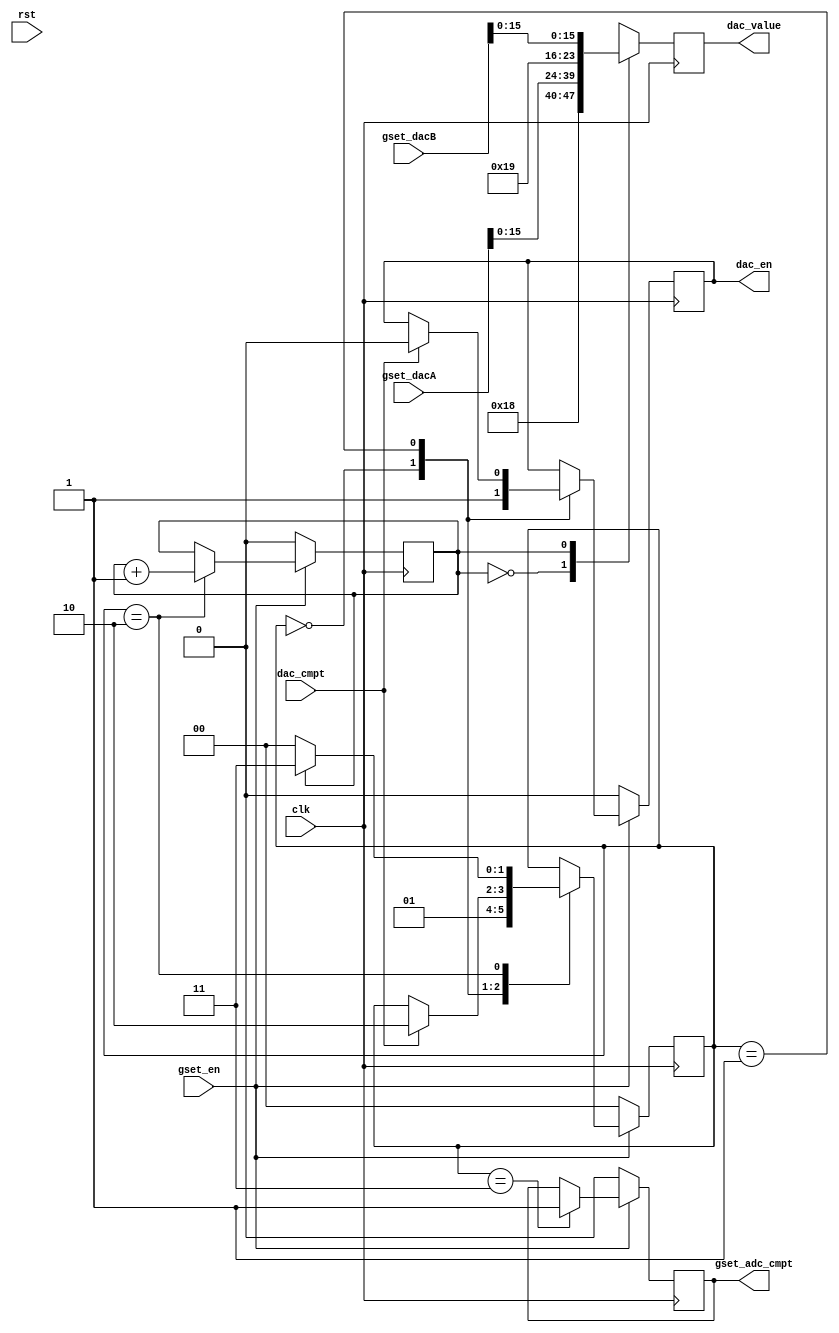
`timescale 1ns / 1ps
//////////////////////////////////////////////////////////////////////////////////
// Company:
// Engineer:
//
// Design Name:
// Module Name: Tc_PL_cap_gain_adc_ctl_chn
// Project Name:
// Target Devices:
// Tool Versions:
// Description:
//
// Dependencies:
//
// Revision:
// Revision 0.01 - File Created
// Additional Comments:
//
//////////////////////////////////////////////////////////////////////////////////


module Tc_PL_cap_gain_adc_ctl_chn
#(
parameter CAP0_12 = 32,
          GDAC0_0 = 24
)(
input                     clk                ,
input                     rst                ,
input                     gset_en            ,
output                    gset_adc_cmpt      ,
input      [CAP0_12-1:0]  gset_dacA          ,
input      [CAP0_12-1:0]  gset_dacB          ,
output     [GDAC0_0-1:0]  dac_value          ,
output                    dac_en             ,
input                     dac_cmpt
    );

wire[2:0]  DAC_CHA_CMD = 3'b011                                 ;
wire[2:0]  DAC_CHA_ADR = 3'b000                                 ;
wire[15:0] DAC_CHA_DAT = gset_dacA                              ;
wire[23:0] DAC_CHA     = {DAC_CHA_CMD,DAC_CHA_ADR,DAC_CHA_DAT}  ;
wire[2:0]  DAC_CHB_CMD = 3'b011                                 ;
wire[2:0]  DAC_CHB_ADR = 3'b001                                 ;
wire[15:0] DAC_CHB_DAT = gset_dacB                              ;
wire[23:0] DAC_CHB     = {DAC_CHB_CMD,DAC_CHB_ADR,DAC_CHB_DAT}  ;

reg                t_gset_adc_cmpt =0;
reg [GDAC0_0-1:0]  t_dac_value     =0;
reg                t_dac_en        =0;

reg [0:0] chn_cnt=0;

localparam S_DATA = 0,
           S_TXD  = 1,
           S_NEXT = 2,
           S_CMPT = 3;
reg[1:0] state = S_DATA;
always@(posedge clk)begin
	if(!gset_en)begin
		state           <= S_DATA;
		t_gset_adc_cmpt <= 0     ;
		t_dac_en        <= 0     ;
		chn_cnt         <= 0     ;
	end else begin
		case(state)
			S_DATA :begin
				t_dac_en <= 1    ;
				state    <= S_TXD;
			end
			S_TXD  :begin
				if(dac_cmpt)begin
					t_dac_en <= 0     ;
					state    <= S_NEXT;
				end
			end
			S_NEXT:begin
				if(chn_cnt==1)begin
					state <= S_CMPT;
				end else begin
					state <= S_DATA;
				end
				chn_cnt <= chn_cnt + 1;
			end
			S_CMPT:begin
				t_gset_adc_cmpt <= 1;
			end
		endcase
	end
end

always@(posedge clk)begin
	case(chn_cnt)
		0:t_dac_value <= DAC_CHA;
		1:t_dac_value <= DAC_CHB;
	endcase
end

assign gset_adc_cmpt = t_gset_adc_cmpt ;
assign dac_value     = t_dac_value     ;
assign dac_en        = t_dac_en        ;

endmodule